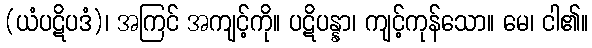
(ယံပဋိပဒံ)၊ အကြင် အကျင့်ကို။ ပဋိပန္နာ၊ ကျင့်ကုန်သော။ မေ၊ ငါ၏။